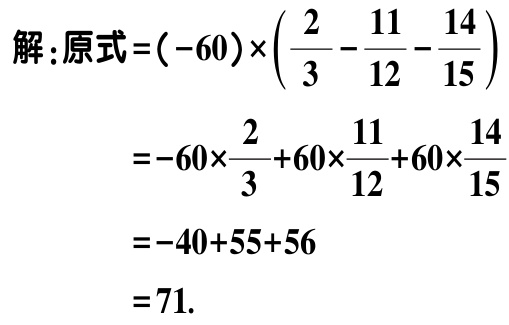
解：原式\(=(-60)\times\left(\dfrac{2}{3}-\dfrac{11}{12}-\dfrac{14}{15}\right)\)

\(=-60\times\dfrac{2}{3}+60\times\dfrac{11}{12}+60\times\dfrac{14}{15}\)

\(=-40 + 55+56\)

\(=71\).